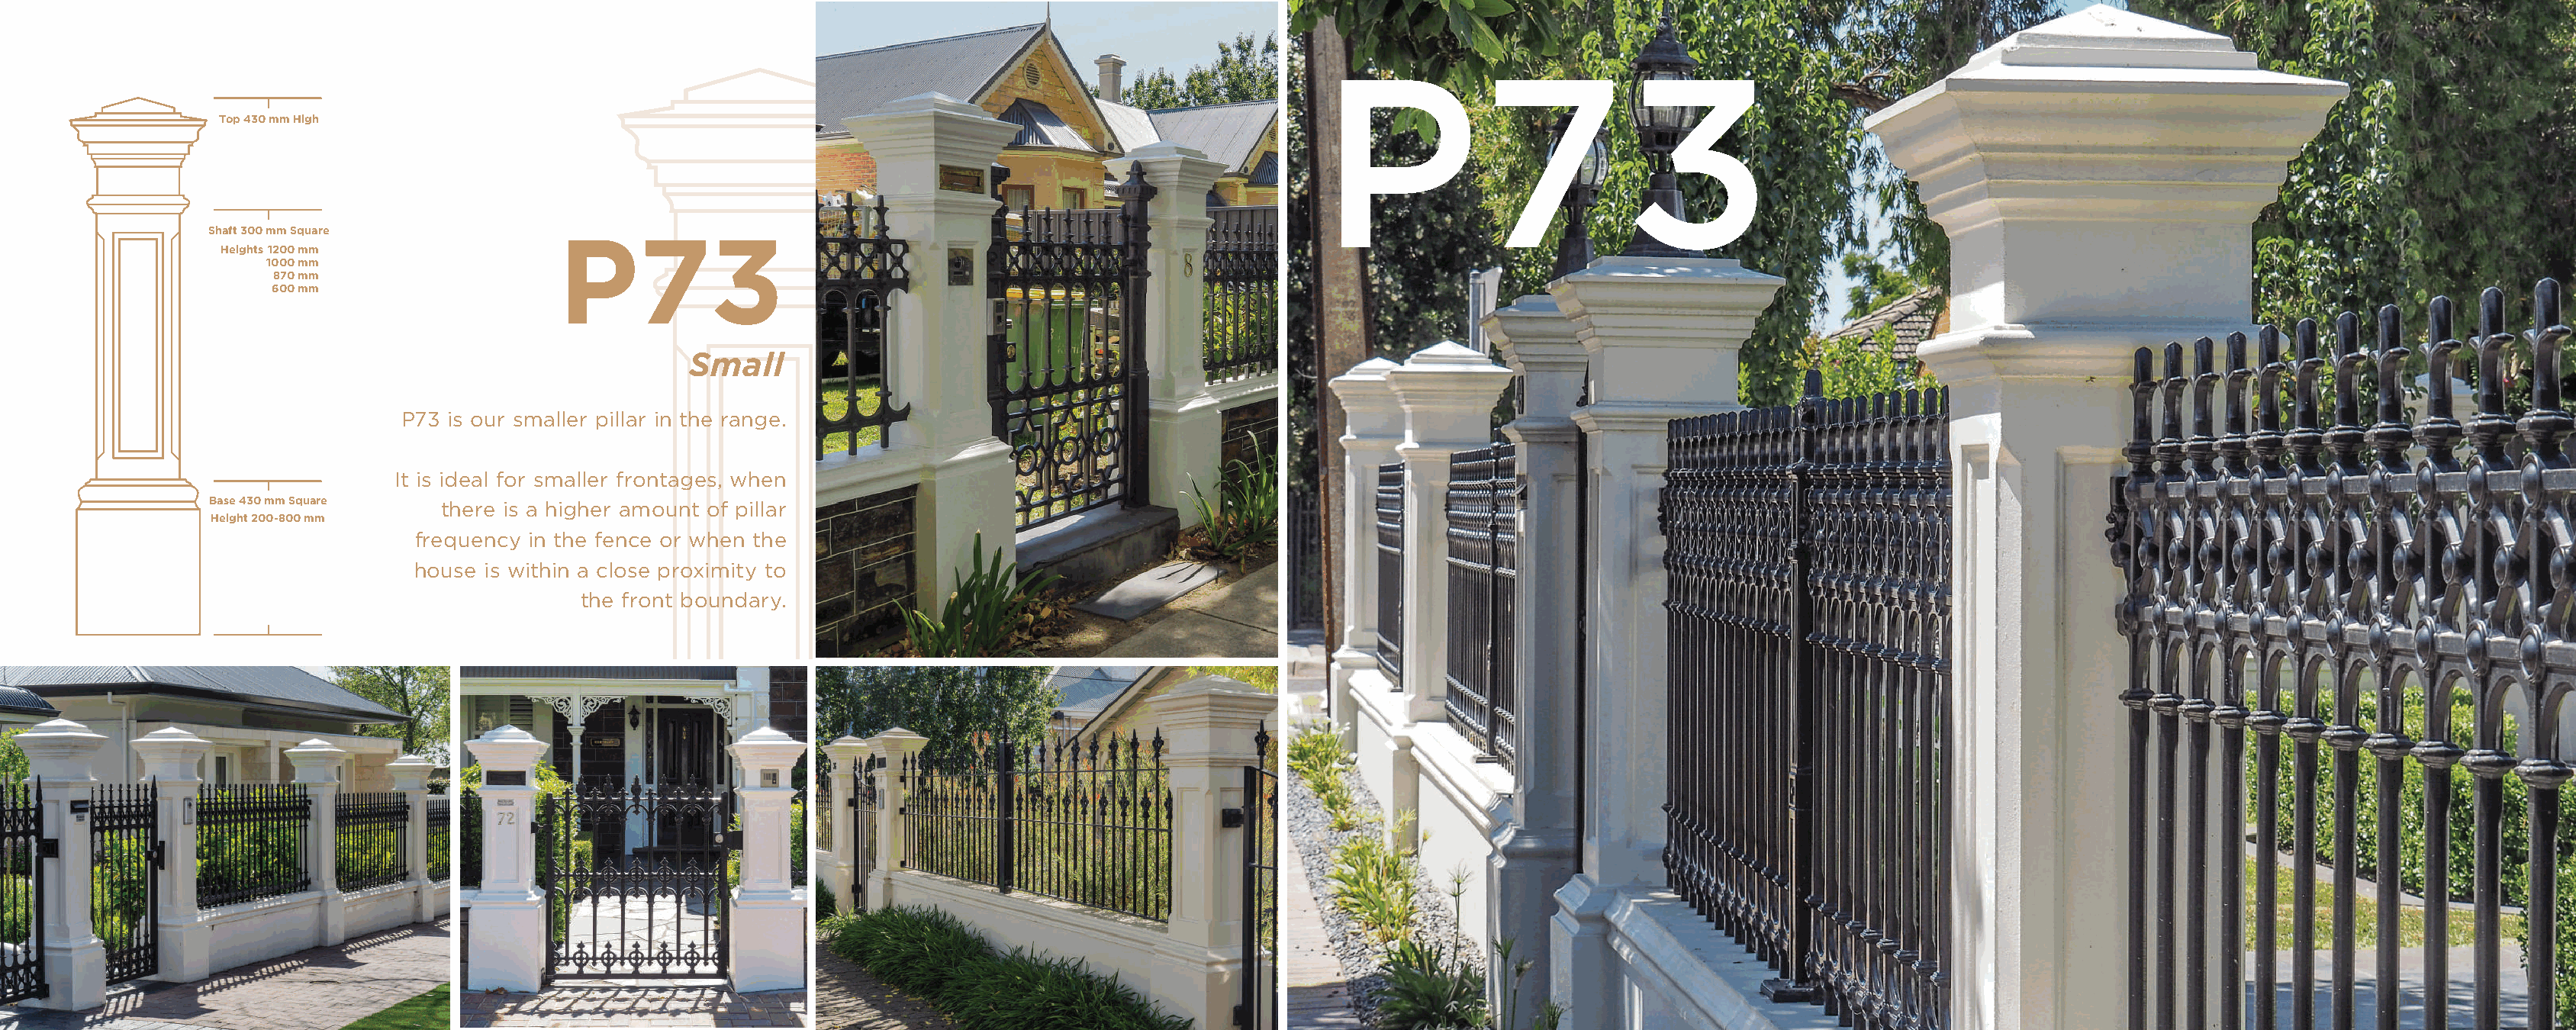
P73
 Top  430 mm  High
 Top 430 mm High
 Shaft 300 mm Square           P73
 Heights1200 mm
 1000 mm
 870 mm
 600 mm
 Shaft 300  mm  Square
 Small
 Heights 1200 mm
 1000 mm
 P73 is our smaller pillar in the range.
 870 mm
 600 mm
 It is ideal for smaller frontages, when
 Base 430 mm Square
 there is a higher amount of pillar
 Height 200-800 mm
 frequency in the fence or when the
 house is within a close proximity to
 the front boundary.
 Base 430 mm   Square
 Height 200-800  mm